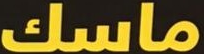
ماسك